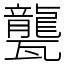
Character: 𤮨